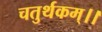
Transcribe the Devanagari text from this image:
चतुर्थकम्।।